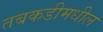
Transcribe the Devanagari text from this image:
तबकडीमधील